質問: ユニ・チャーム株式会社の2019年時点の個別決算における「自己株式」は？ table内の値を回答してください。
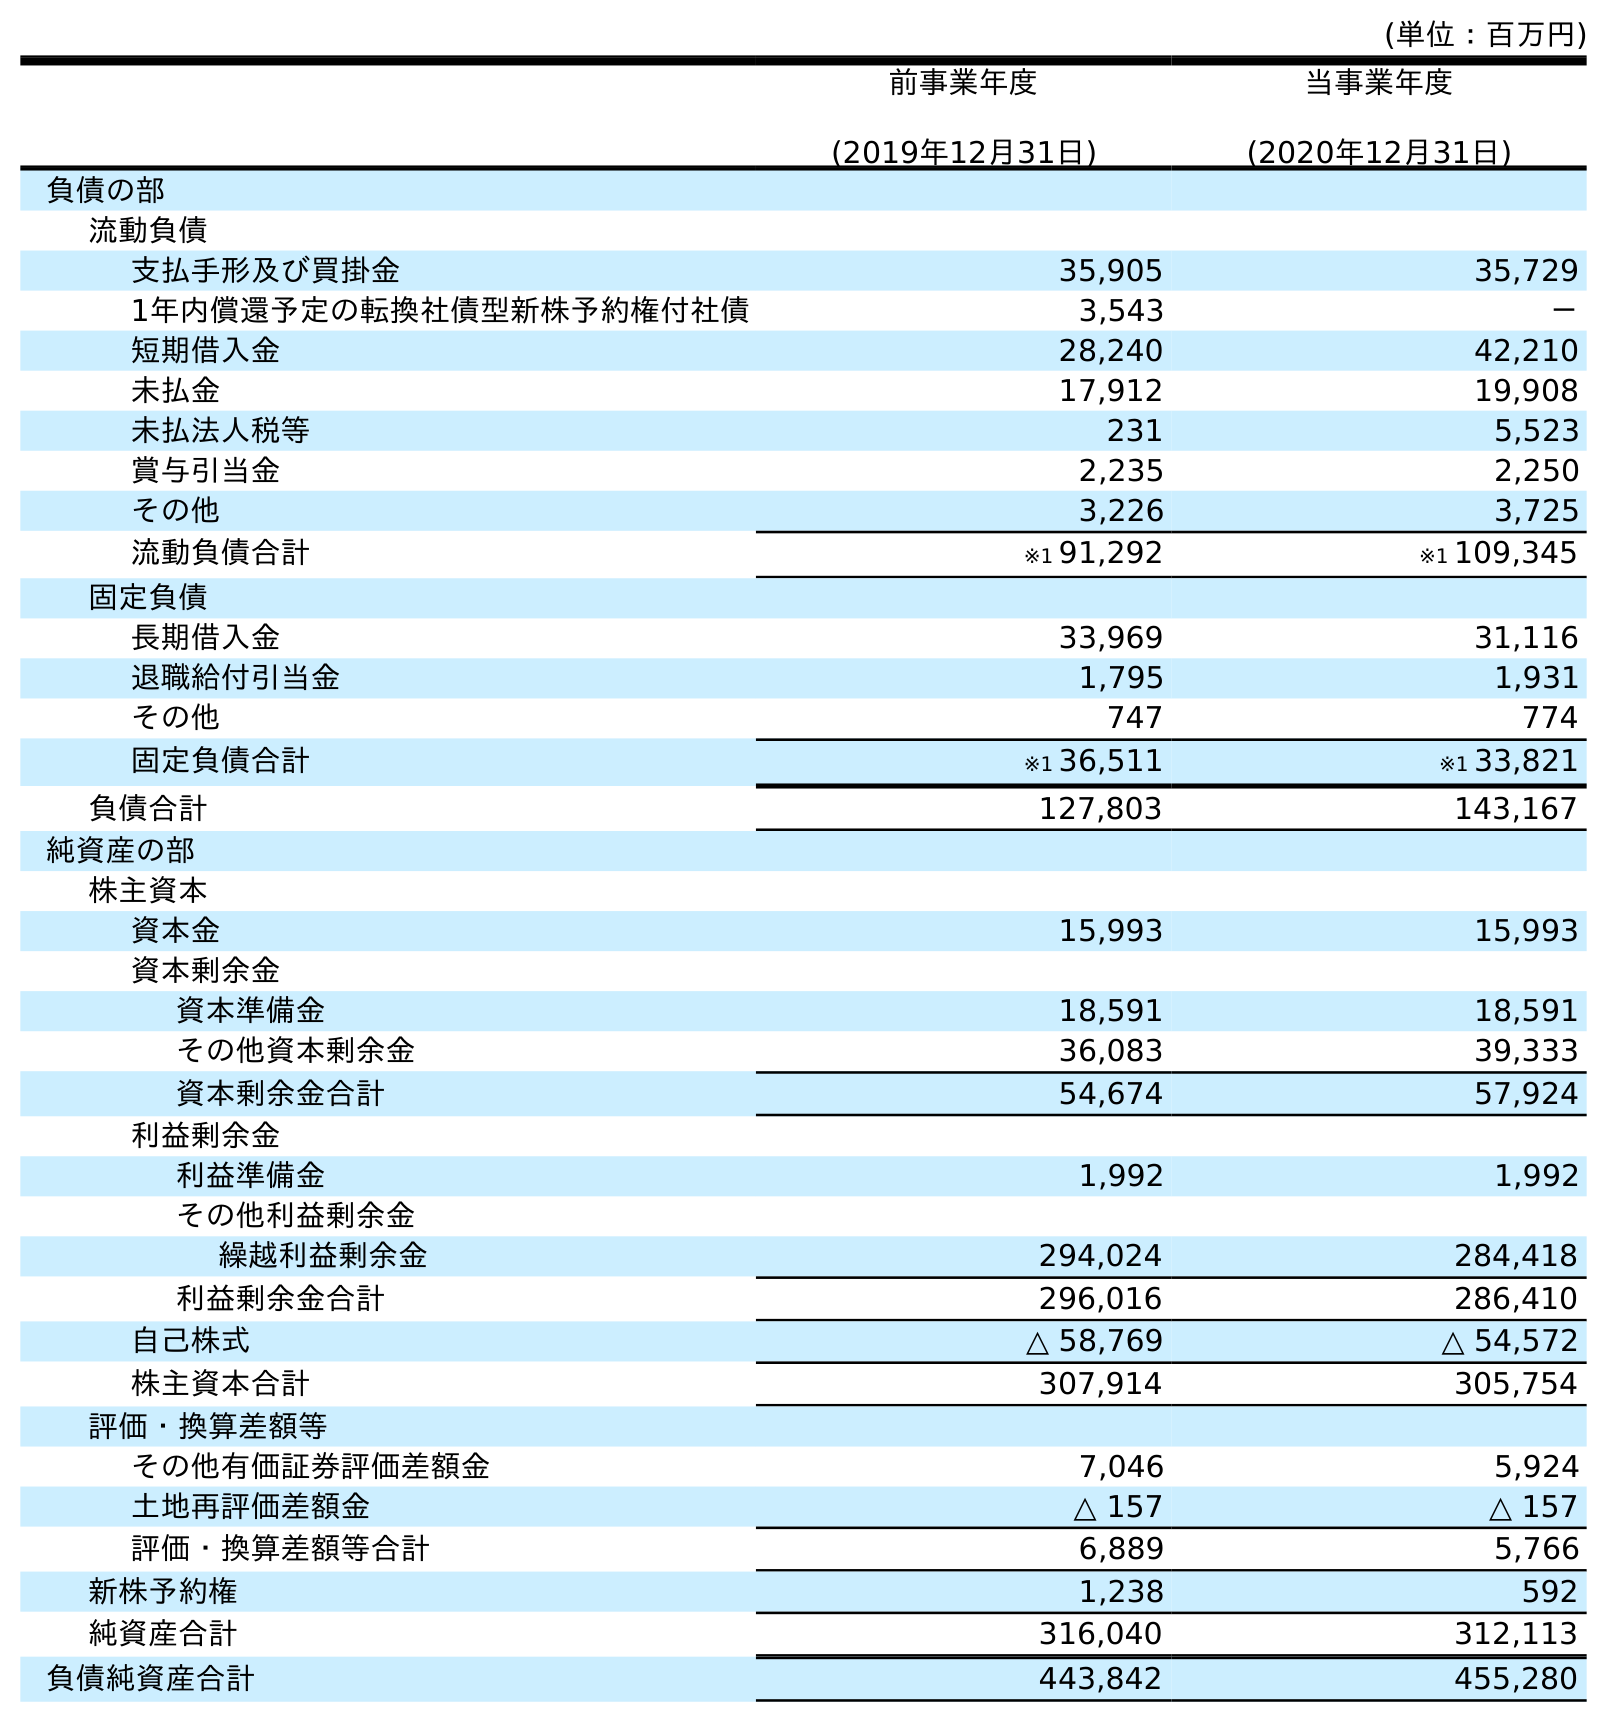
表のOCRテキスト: (単位：百万円) 前事業年度 (2019年12月31日) 当事業年度 (2020年12月31日) 負債の部 流動負債 支払手形及び買掛金 35,905 35,729 1年内償還予定の転換社債型新株予約権付社債 3,543 － 短期借入金 28,240 42,210 未払金 17,912 19,908 未払法人税等 231 5,523 賞与引当金 2,235 2,250 その他 3,226 3,725 流動負債合計 ※1 91,292 ※1 109,345 固定負債 長期借入金 33,969 31,116 退職給付引当金 1,795 1,931 その他 747 774 固定負債合計 ※1 36,511 ※1 33,821 負債合計 127,803 143,167 純資産の部 株主資本 資本金 15,993 15,993 資本剰余金 資本準備金 18,591 18,591 その他資本剰余金 36,083 39,333 資本剰余金合計 54,674 57,924 利益剰余金 利益準備金 1,992 1,992 その他利益剰余金 繰越利益剰余金 294,024 284,418 利益剰余金合計 296,016 286,410 自己株式 △ 58,769 △ 54,572 株主資本合計 307,914 305,754 評価・換算差額等 その他有価証券評価差額金 7,046 5,924 土地再評価差額金 △ 157 △ 157 評価・換算差額等合計 6,889 5,766 新株予約権 1,238 592 純資産合計 316,040 312,113 負債純資産合計 443,842 455,280
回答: △58,769